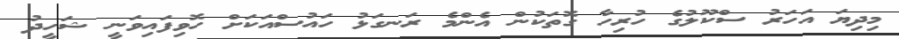
މިދިޔަ އަހަރު ސްކޫލުގެ ހުރިހާ ގޮތަކުން އެންމެ ރަނގަޅު ހައުސްއަކަށް ހޮވިފައިވަނީ ޝަހީދު